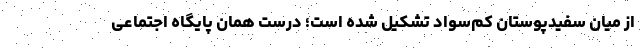
از میان سفیدپوستان کم‌سواد تشکیل شده است؛ درست همان پایگاه اجتماعی